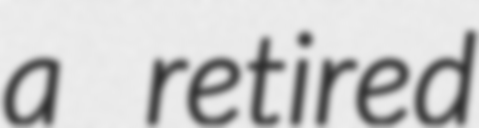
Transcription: a retired